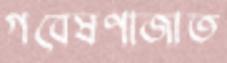
গবেষণাজাত